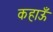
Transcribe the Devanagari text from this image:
कहाऊँ